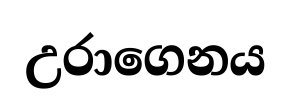
උරාගෙනය